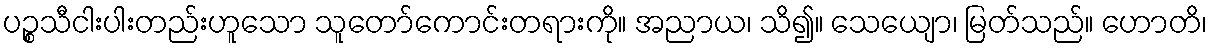
ပဉ္စသီငါးပါးတည်းဟူသော သူတော်ကောင်းတရားကို။ အညာယ၊ သိ၍။ သေယျော၊ မြတ်သည်။ ဟောတိ၊